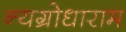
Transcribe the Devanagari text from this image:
न्यग्रोधाराम